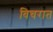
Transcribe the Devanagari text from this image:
विचरात